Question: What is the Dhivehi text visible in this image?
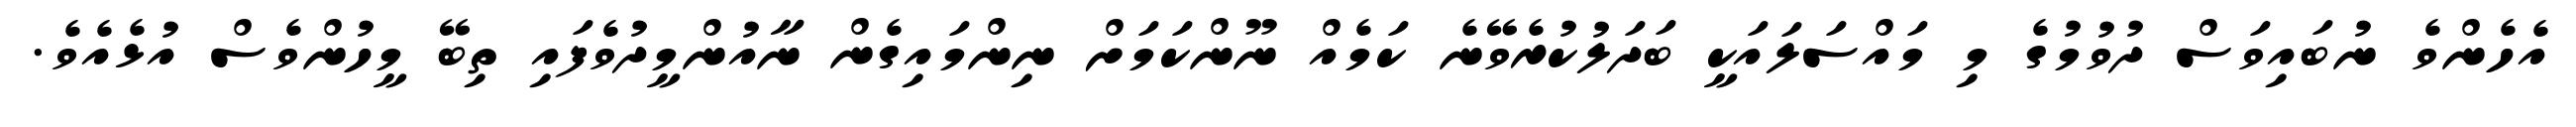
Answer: އެހެންވެ ނުބައިވަސް ދުވުމުގެ މި މައްސަލައަކީ ބަދަލުކުރެވޭނެ ކަމެއް ނޫންކަމަށް ނިންމައިގެން ނާއުންމީދުވެފައި ތިބޭ މީހުންވެސް އުޅެއެވެ.